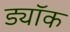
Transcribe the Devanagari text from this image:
ड्यॉक